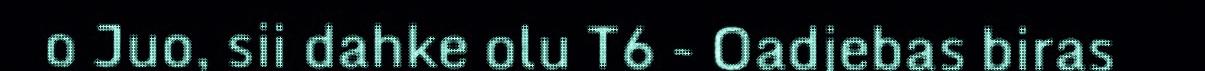
o Juo, sii dahke olu T6 - Oadjebas biras